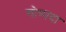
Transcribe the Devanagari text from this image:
गोष्पदा